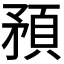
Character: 𥎀